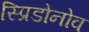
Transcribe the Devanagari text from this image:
स्प्रिडोनोव